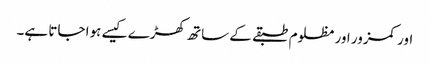
اور کمزور اور مظلوم طبقے کے ساتھ کھڑے کیسے ہوا جاتا ہے۔